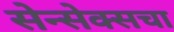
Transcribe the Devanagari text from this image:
सेन्सेक्सचा